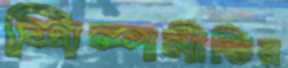
শিল্পনীতির